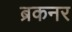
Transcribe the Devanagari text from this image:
ब्रकनर